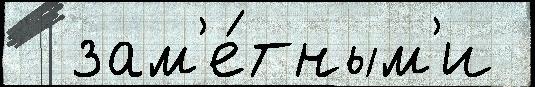
  зам'е́тным'и